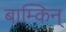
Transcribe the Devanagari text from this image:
बाम्किन्